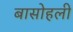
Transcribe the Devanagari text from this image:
बासोहली